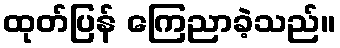
ထုတ်ပြန် ကြေညာခဲ့သည်။